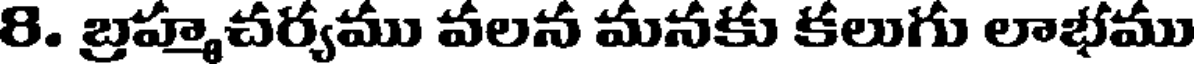
8. బ్రహ్మచర్యము వలన మనకు కలుగు లాభము